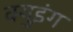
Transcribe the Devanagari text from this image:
क्युइंग